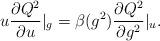
LaTeX: \begin{align*}u\frac{\partial Q^2}{\partial u}|_g= \beta (g^2)\frac{\partial Q^2}{\partial g^2}|_u.\end{align*}